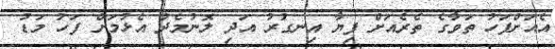
އެއަށްފަހު ތަވާގެ ތެރެއަށް ފިޔާ އިނގުރު އަދި ލޮނުމެދު އެޅުމަށް ފަހު މަޑު